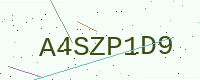
Text: A4SZP1D9